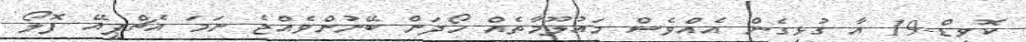
ކޮވިޑް-19 އާ ގުޅިގެން އެއްވެސް މައުލޫމާތެއް ހޯދަން ބޭނުންވެއްޖެ ނަމަ އެޗްޕީއޭ ފޮލޯ